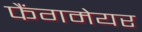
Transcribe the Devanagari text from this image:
फैंगमेयर